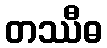
တဿီဓ